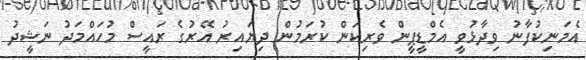
އެމަނިކުފާނު ވިދާޅުވީ އެމްޑީޕީން ވެރިކަން ކުރަމުން ދިޔައިރު އޭރުގެ ރައީސް މުހައްމަދު ނަޝީދު